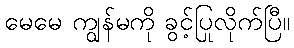
မေမေ ကျွန်မကို ခွင့်ပြုလိုက်ပြီ။